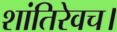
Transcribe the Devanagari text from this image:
शांतिरेवच।